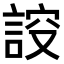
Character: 𧨠